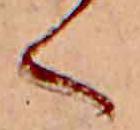
く